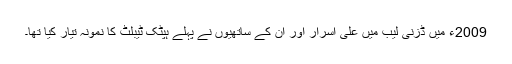
2009ء میں ڈزنی لیب میں علی اسرار اور ان کے ساتھیوں نے پہلے ہپٹک ٹیبلٹ کا نمونہ تیار کیا تھا۔